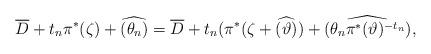
LaTeX: \begin{align*}\overline{D} + t_n \pi^*(\zeta) + \widehat{(\theta_n)} =\overline{D} + t_n (\pi^*(\zeta + \widehat{(\vartheta)}) + \widehat{(\theta_n\pi^*(\vartheta)^{-t_n})}, \end{align*}